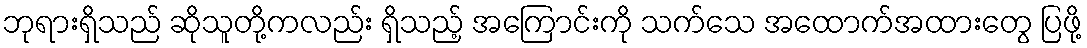
ဘုရားရှိသည် ဆိုသူတို့ကလည်း ရှိသည့် အကြောင်းကို သက်သေ အထောက်အထားတွေ ပြဖို့